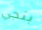
بنجي